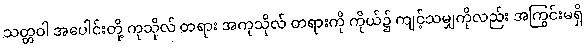
သတ္တဝါ အပေါင်းတို့ ကုသိုလ် တရား အကုသိုလ် တရားကို ကိုယ်၌ ကျင့်သမျှကိုလည်း အကြွင်းမရှိ